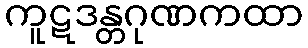
ကူဋဒန္တဂုဏကထာ